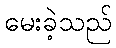
မေးခဲ့သည်